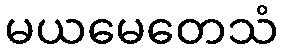
မယမေတေသံ